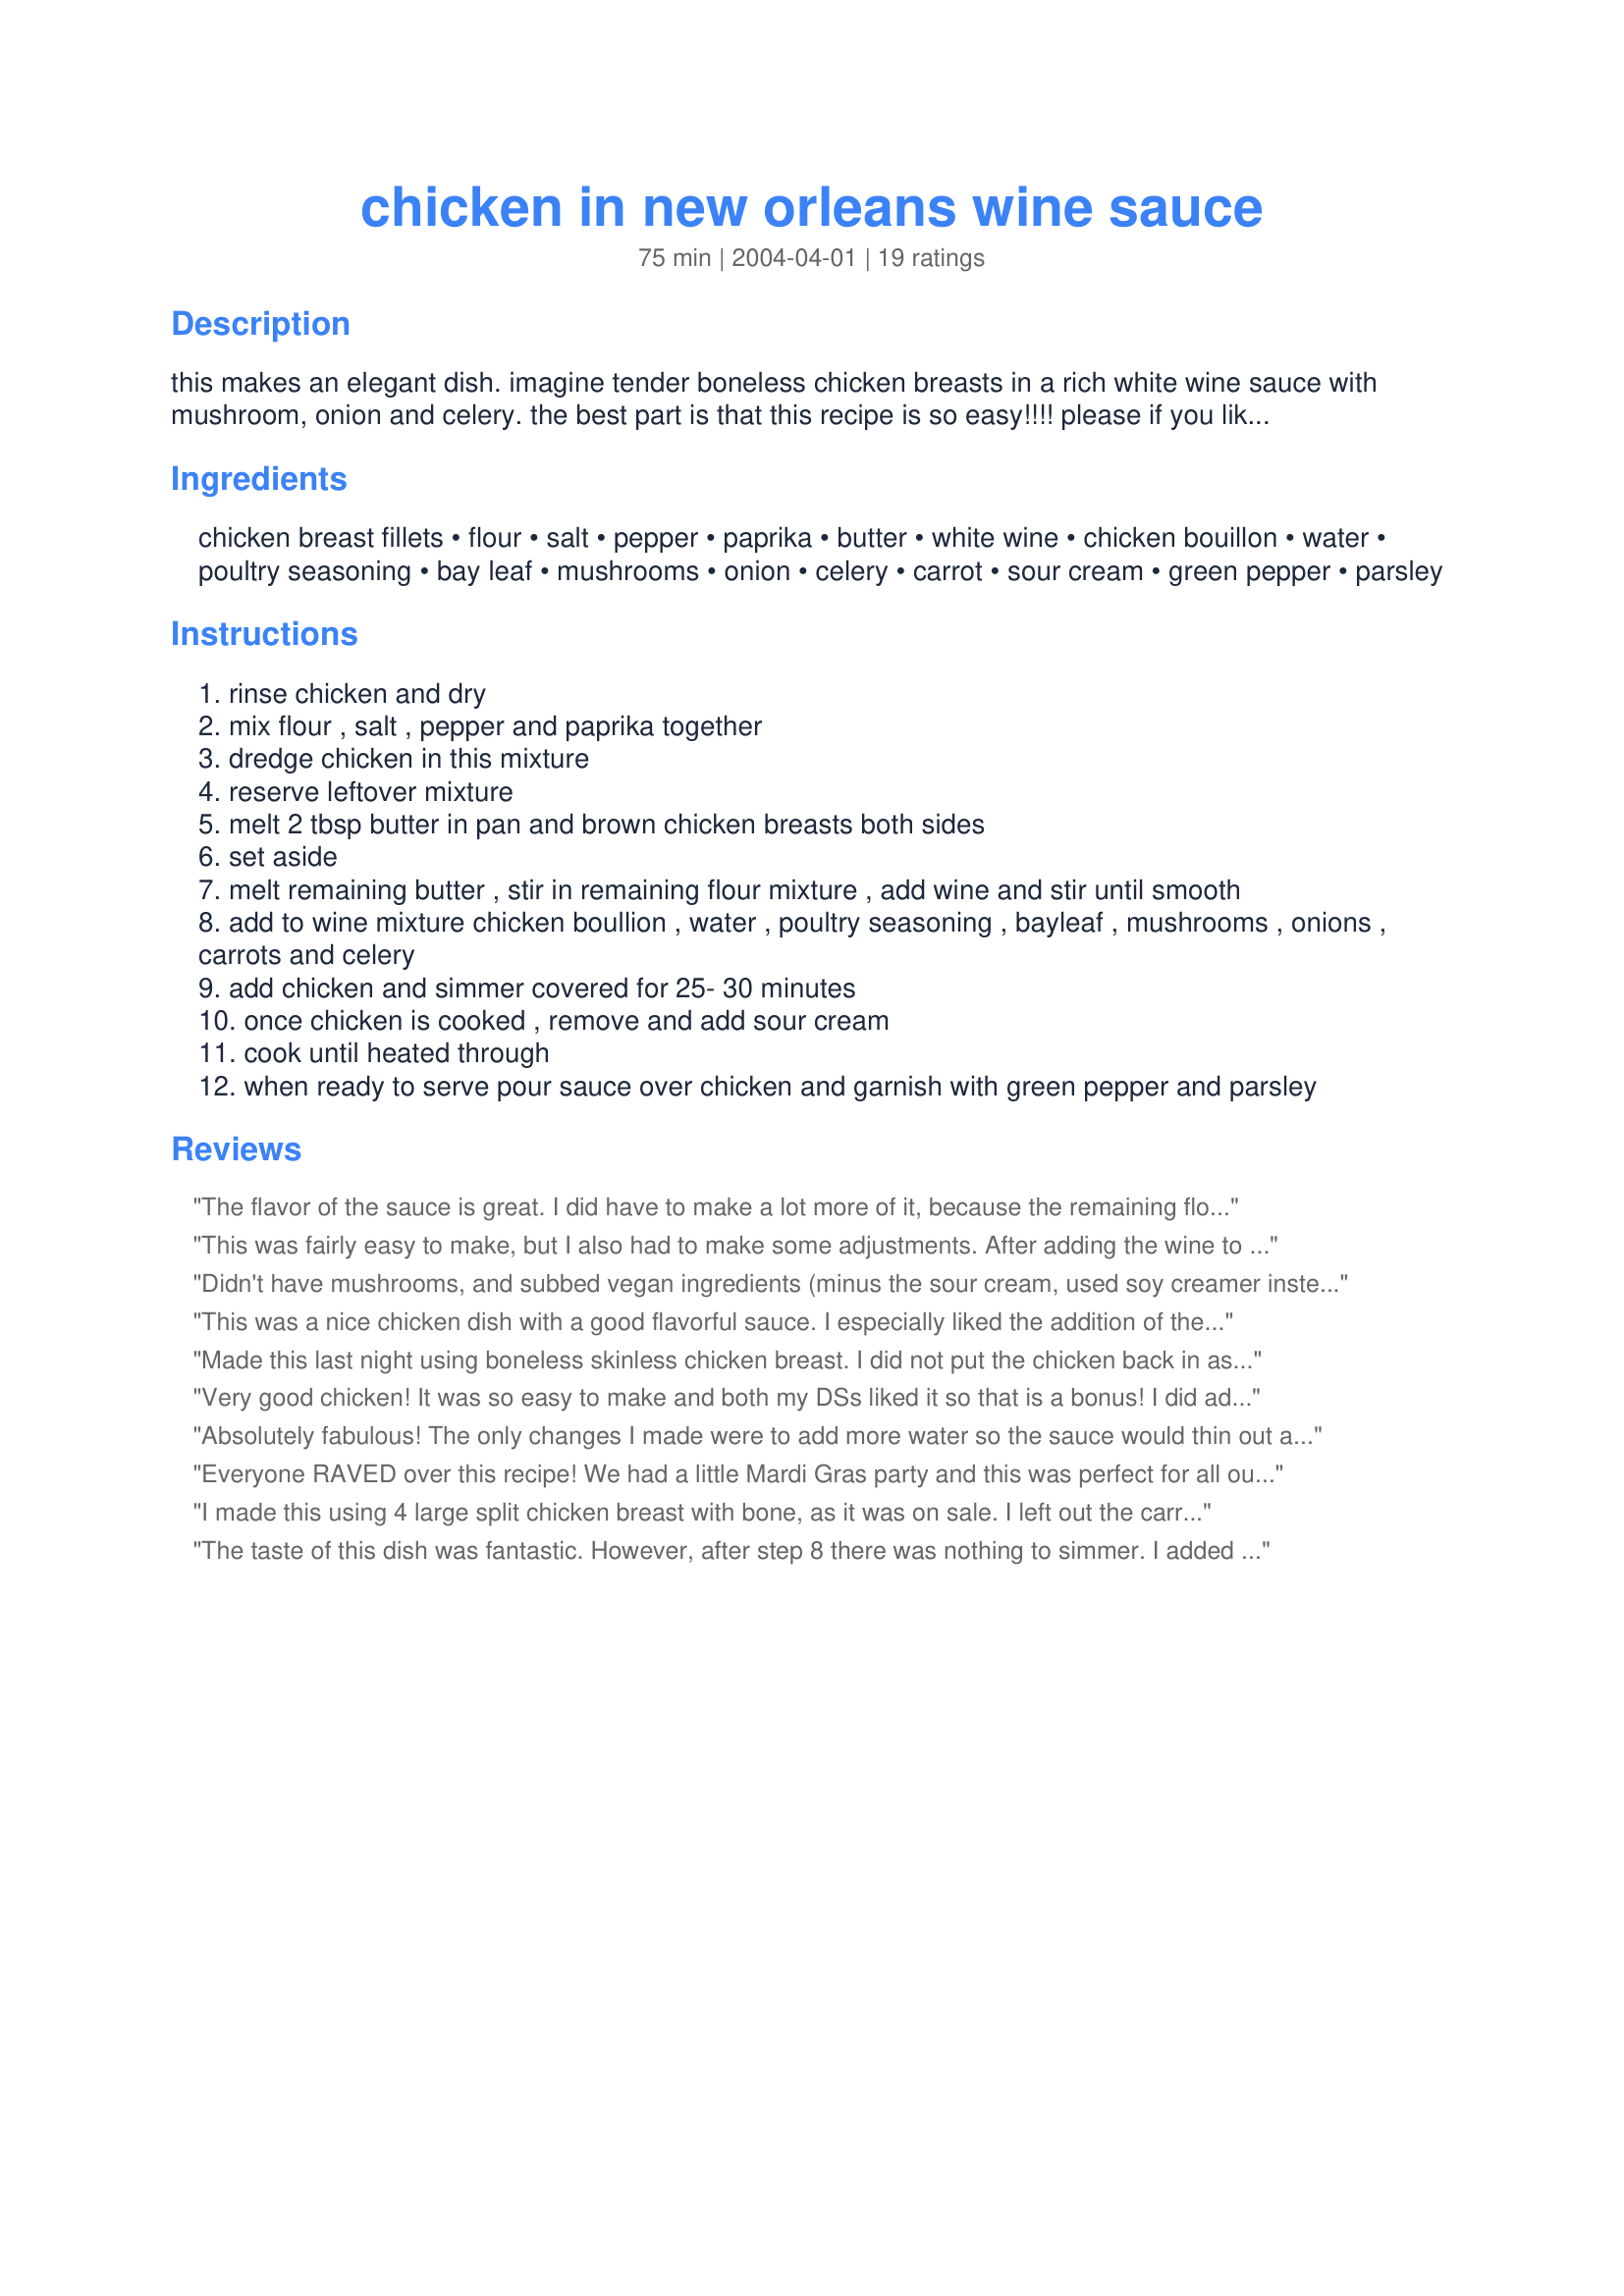
chicken in new orleans wine sauce
Preparation time: 75 minutes

this makes an elegant dish. imagine tender boneless chicken breasts in a rich white wine sauce with mushroom, onion and celery. the best part is that this recipe is so easy!!!!

please if you like lots of sauce, double the sauce portion of the recipe...also if you prefer your veggies well done, saute them before adding to the dish. thank you.

Ingredients:
chicken breast fillets, flour, salt, pepper, paprika, butter, white wine, chicken bouillon, water, poultry seasoning, bay leaf, mushrooms, onion, celery, carrot, sour cream, green pepper, parsley

Steps:
rinse chicken and dry
mix flour , salt , pepper and paprika together
dredge chicken in this mixture
reserve leftover mixture
melt 2 tbsp butter in pan and brown chicken breasts both sides
set aside
melt remaining butter , stir in remaining flour mixture , add wine and stir until smooth
add to wine mixture chicken boullion , water , poultry seasoning , bayleaf , mushrooms , onions , carrots and celery
add chicken and simmer covered for 25- 30 minutes
once chicken is cooked , remove and add sour cream
cook until heated through
when ready to serve pour sauce over chicken and garnish with green pepper and parsley

Reviews:
The flavor of the sauce is great. I did have to make a lot more of it, because the remaining flour I added in step 7 was too much for 3/4 cup of liquid, and I had to add quite a bit more liquid to turn it from a paste to a sauce. This was my fault, I know better. A beginner cook might want to make sure they aren't adding more than about a tablespoon of the remaining flour.
Next time I will add the chicken breasts to the sauce mixture about 15 minutes after the sauce has been simmering to make sure they remain moist and don't overcook.
This was fairly easy to make, but I also had to make some adjustments. After adding the wine to the roux, there still wasn't really any liquid, just a thicker roux. I had to add 1 cup of chicken stock to have any real sauce. I also did not return the chicken to the pan when directed, but instead added the seasonings and vegetables and let them cook for awhile before adding back the chicken. Although there is only 1/4 t. of poultry seasoning, it seemed to be the predominant flavor of the dish. The final result was pretty tasty, though! I served this with brown and wild rice and sauteed broccoli rabe.
Didn't have mushrooms, and subbed vegan ingredients (minus the sour cream, used soy creamer instead). Turned out wonderful! Thanks for the recipe!
This was a nice chicken dish with a good flavorful sauce. I especially liked the addition of the vegetables to the sauce. Based on some of the other reviews, I cut the vegetables into very small dice, and they were thoroughly cooked during the 30 minutes of cooking time.
Made this last night using boneless skinless chicken breast. I did not put the chicken back in as directed but kept them out until abo5 minutes before serving. The carrots and celery took a long time to cook here. They were still way too crunchy at the stated time so I had to cook another 20 minutes. Still crunchy but better. DH did not like this at all- hence the 4 stars. I thought this was a nice dish but would probably saute the carrots, onion and celery (cajun trinity) and then add the flour to make the roux. I also found that it needed much more liquid as the flour/roux was extremely thick when the wine was added. I added some chicken broth to a sauce consistency- about 2 cups. I had to leave out the mushrooms as dh won't even think of eating anything that has them in it! I really liked the addition of the sour cream here. Served over white rice but would be great over noodles too! thanks for sharing BK! *Made for Bevy Tag*
Very good chicken! It was so easy to make and both my DSs liked it so that is a bonus! I did add about 1 cup of extra water and a sprinkle of chicken bullion because the sauce was more like a paste. Made for ZWT9.
Absolutely fabulous! The only changes I made were to add more water so the sauce would thin out a bit more and to chop the carrots, celery and onions into small pieces so they would cook through all the way. Everything else I kept the same. This is one of those company-worthy recipes, yet it&#039;s really simple to put together. I served mine over brown rice, but I think I would love it over noodles next time. Thank you!
Everyone RAVED over this recipe! We had a little Mardi Gras party and this was perfect for all our guests tastes...and SUPER easy!!! I added a cup of homemade browned chicken stock along with the wine and I had a ton of sauce.... Not a drop left as it was sopped up with biscuits! Served with white rice. Great recipe Baby!
I made this using 4 large split chicken breast with bone, as it was on sale. I left out the carrot and double the sauce amounts as was serving this over noodles. My family loved this chicken with the sauce!!! Next time for ease, would definitely use the boneless chicken breast and still double the sauce. Delicious!!! Thanks Baby Kato for posting this recipe. Made for Zaar Stars tag.
The taste of this dish was fantastic. However, after step 8 there was nothing to simmer. I added about a cup of chicken broth....otherwise it would have been paste.
Yummy dish. After reading the other reviews, I chopped my veggies a little smaller than I normally would which worked out well. It was a simple dish to make and went together much faster than I thought with the longer list of ingredients. We really enjoyed this. Thanks for sharing, BK. Made for FYC tag.
Outstanding! I did choose to saute the onion, celery, and carrots first. I added an additional 1/2 cup water to the sauce. Served over rice. Thanks for sharing! Made for Best of 2013 tag.
Like the other reviewers, I can highly recommend this recipe. I also made more sauce as I was going to serve this with rice and we love lots of sauce. I'm so glad I did cause that's what really made the dish. The chicken was tender and tasty, but I was happy just with the sauce.
Great flavor- family loved this dish! I forgot to add the sour cream before taking the first set of pics - and DD decided to keep hers that way! This recipe is a keeper - great for company! I did add quite a bit more bouillion, made great gravy. Thanks for posting BK!
This was delicious! You must double the sauce! I started out thinking that I would just make the recipe as directed but after tasting the sauce,it was so good I just had to double it. I added a little more flour and more wine,. . . a little more wine, and the next thing you know the wine bottle was almost empty! Now I know how this recipe got its' name. This was so good served with fingerling potatoes. Thanks for another winner Baby Kato!
For being a host of PAC S 2008 I chose to make this elegant dish. The only thing I chose to leave out was the sour cream & I doubled the sauce. My DH raved on how good this dish was. So easy to make on a week night. I can also see this dish being made for a get together. Excellant!
I made this for Mother's day dinner and it was a hit. I did increase everything on the sauce to make sure I had plenty.
This was fantastic!!! Other than cutting my chicken into chunks, as we prefer it that way, I made no changes, this was a delicious aromatic sauce and the chicken was tender and so tasty. We very much enjoyed this, and my husband had plenty left over for his lunch, and said was even better on re-heating! Thank you, BK, very much enjoyed for Consideration tag game
This was very good, I doubled up on the sauce and used red wine in place of white as that is all I had, I used chicken legs in place of breasts, thanks for sharing Baby K!...Kitten:)
